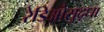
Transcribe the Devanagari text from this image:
रेडिओसुद्धा